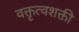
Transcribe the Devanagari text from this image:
वक्तृत्वशक्ती